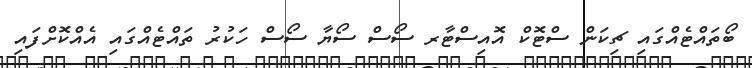
ބޯތައްޓެއްގައި ޗިކަން ސްޓޮކް އޮއިސްޓާރ ސޯސް ސޯޔާ ސޯސް ހަކުރު ތައްޓެއްގައި އެއްކޮށްފައި